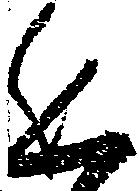
進